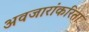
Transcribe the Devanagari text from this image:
अवजारांकरिता